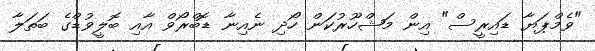
"ވެމްޕަޔާ ޑައިރީސް" އިން މަޝްހޫރުކަން ހޯދި ނެއިނާ ޑޮބްރޯވް އާއި ބޮލީވުޑްގެ ބަތަލާ